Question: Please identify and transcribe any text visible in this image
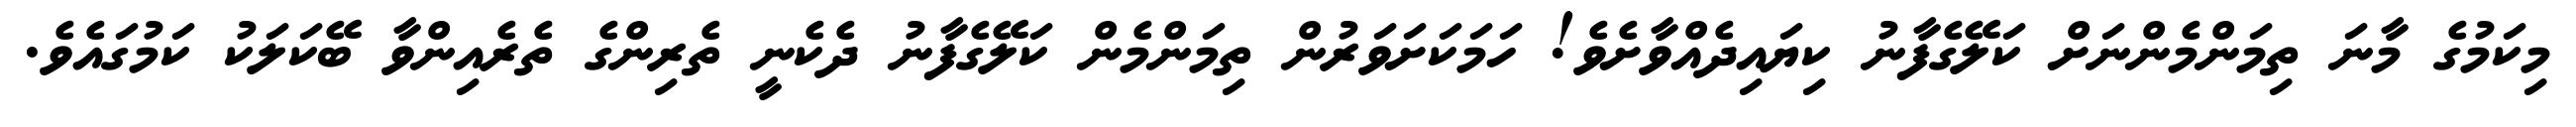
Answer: މިކަމުގެ މާނަ ތިމަންމެންނަށް ކަލޭގެފާނު ކިޔައިދެއްވާށެވެ! ހަމަކަށަވަރުން ތިމަންމެން ކަލޭގެފާނު ދެކެނީ ތެރިންގެ ތެރެއިންވާ ބޭކަލަކު ކަމުގައެވެ.